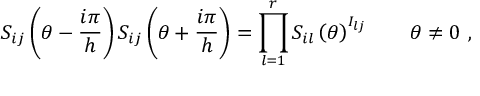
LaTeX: S _ { i j } \left( \theta - \frac { i \pi } { h } \right) S _ { i j } \left( \theta + \frac { i \pi } { h } \right) = \prod _ { l = 1 } ^ { r } S _ { i l } \left( \theta \right) ^ { I _ { l j } } \qquad \theta \neq 0 \, \, ,